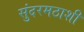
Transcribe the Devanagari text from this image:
सुंदरमठाशी